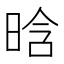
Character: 晗